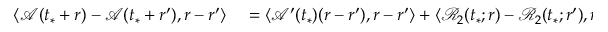
\begin{array} { r l } { \langle \mathcal { A } ( t _ { * } + r ) - \mathcal { A } ( t _ { * } + r ^ { \prime } ) , r - r ^ { \prime } \rangle } & { { } = \langle \mathcal { A } ^ { \prime } ( t _ { * } ) ( r - r ^ { \prime } ) , r - r ^ { \prime } \rangle + \langle \mathcal { R } _ { 2 } ( t _ { * } ; r ) - \mathcal { R } _ { 2 } ( t _ { * } ; r ^ { \prime } ) , r - r ^ { \prime } \rangle } \end{array}